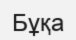
Бұқа